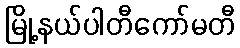
မြို့နယ်ပါတီကော်မတီ